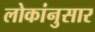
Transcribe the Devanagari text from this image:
लोकांनुसार